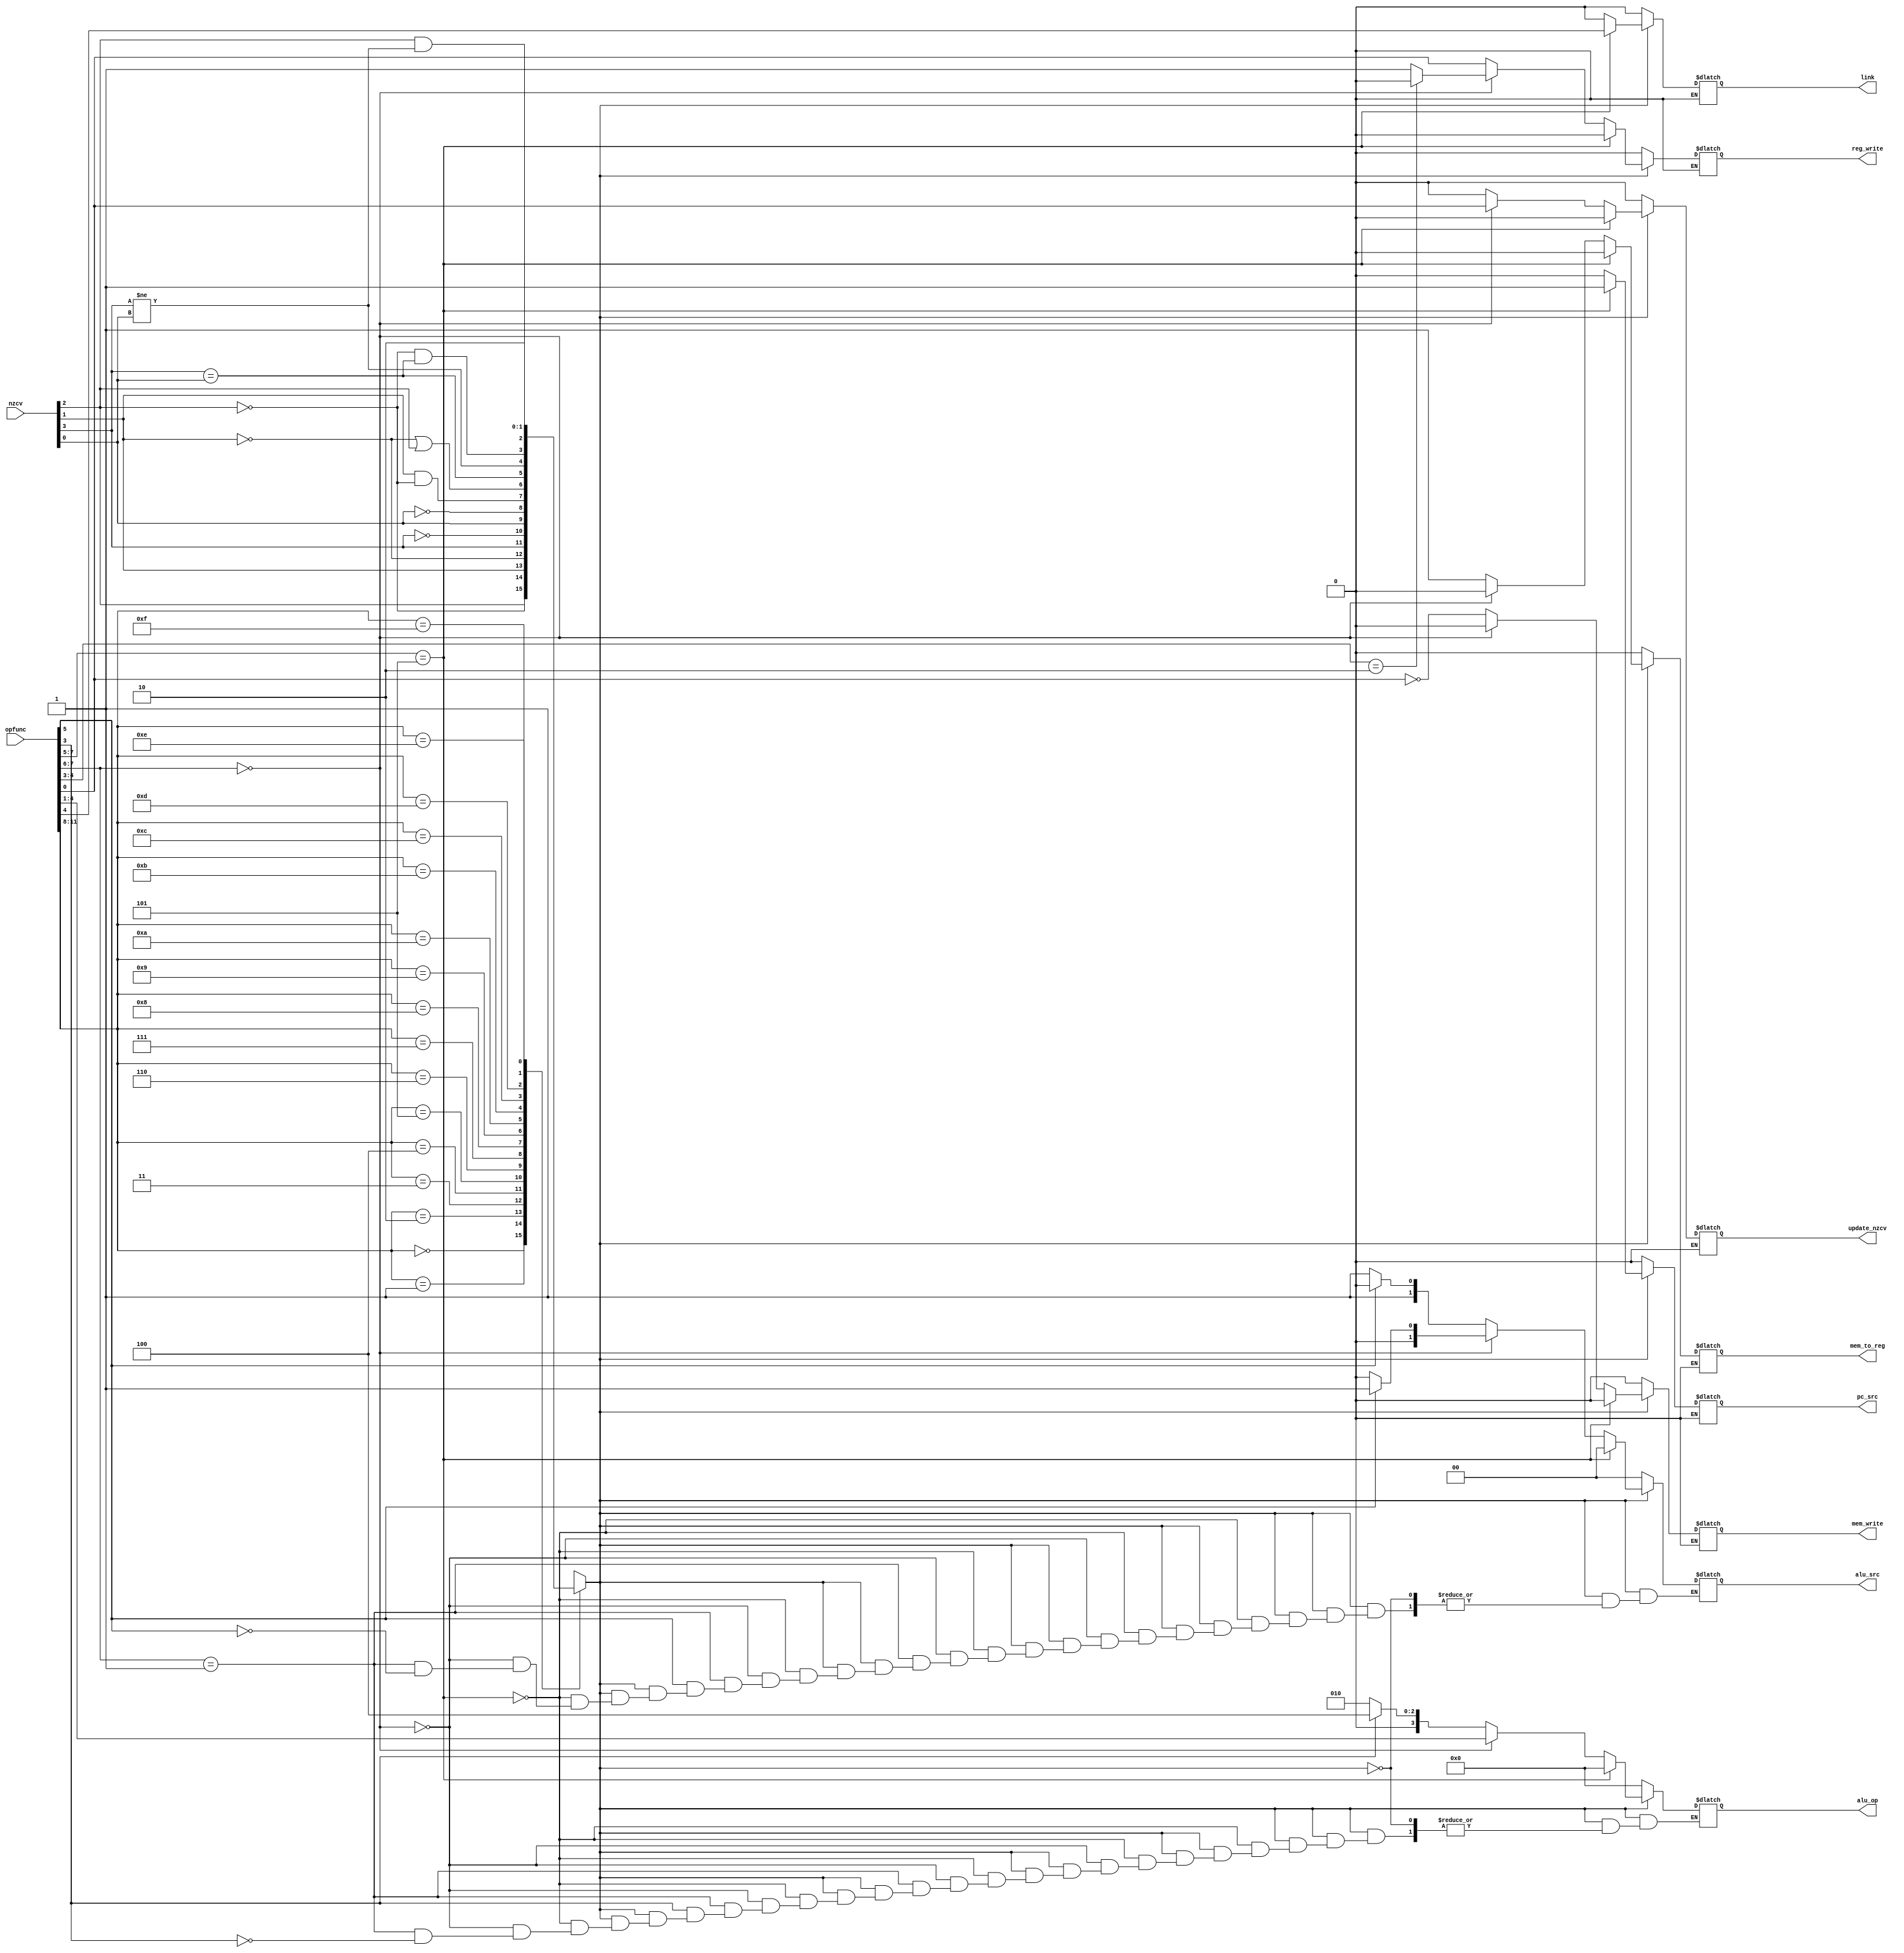
module controller(nzcv,opfunc,reg_write,mem_to_reg,mem_write,pc_src,update_nzcv,link,alu_src,alu_op);
	input [3:0] nzcv;
	input [11:0] opfunc;
	output reg_write,mem_to_reg,mem_write,pc_src,update_nzcv,link;   
	output [1:0] alu_src;
	output [3:0] alu_op;

	reg reg_write,mem_to_reg,mem_write,pc_src,update_nzcv,link;
	reg [1:0] alu_src;
	reg [3:0] alu_op;

	reg success;

	always@(*)begin
		case(opfunc[11:8])
			4'b0000: success = nzcv[2];
			4'b0001: success = ~nzcv[2];
			4'b0010: success = nzcv[1];
			4'b0011: success = ~nzcv[1];
			4'b0100: success = nzcv[3];
			4'b0101: success = ~nzcv[3];
			4'b0110: success = nzcv[0];
			4'b0111: success = ~nzcv[0];
			4'b1000: success = (nzcv[1]==1 && nzcv[2]==0);
			4'b1001: success = (nzcv[1]==0 || nzcv[2]==1);
			4'b1010: success = (nzcv[3]==nzcv[0]);
			4'b1011: success = (nzcv[3]!=nzcv[0]);
			4'b1100: success = (nzcv[2]==0 && nzcv[3]==nzcv[0]);
			4'b1101: success = (nzcv[2]==1 && nzcv[3]!=nzcv[0]);
			4'b1110: success = 1'b1;
			4'b1111: success = 1'b0;
			default: success = 1'b0;
		endcase
	end
   
	always@(*)begin
		if(success == 0)begin
			reg_write = 1'b0 ;
			alu_src = 2'b00 ; 
			alu_op = 4'b0000 ;
			mem_to_reg= 1'b0 ;
			mem_write = 1'b0 ;
			pc_src = 1'b0 ;
			update_nzcv = 1'b0 ;
			link = 0;
		end
		
		else if(success == 1)begin
			if(opfunc[7:5]==3'b101)begin
				reg_write = 1'b0 ; 
				alu_src = 2'b00 ; 
				alu_op = 4'b0000 ;
				mem_to_reg = 1'b0 ; 
				mem_write = 1'b0 ;
				pc_src = 1'b1 ;
				update_nzcv = 1'b0 ; 
				link = opfunc[4];
			end
			else if(opfunc[7:6]==2'b00)begin
				reg_write = (opfunc[4:3]==2'b10)? 1'b0 : 1'b1;
				alu_src = (opfunc[5])?2'b01:2'b00;
				alu_op = opfunc[4:1] ; 
				mem_to_reg = 1'b0 ;
				mem_write = 1'b0 ;
				pc_src=1'b0 ;
				update_nzcv =opfunc[0];
				link = 1'b0;
			end
			else if(opfunc[7:6]==2'b01)begin
				reg_write = opfunc[0] ;
				if(opfunc[5] == 1'b1)	alu_src = 2'b10;
				if(opfunc[5] == 1'b0)	alu_src = 2'b11;
				if(opfunc[3] == 1'b1)	alu_op =4'b0100;
				if(opfunc[3] == 1'b0)	alu_op =4'b0010;
				mem_to_reg = 1'b1;
				mem_write = ~opfunc[0] ;
				pc_src = 1'b0 ; 
				update_nzcv = 1'b0 ;
				link = 1'b0;
			end
	
		else begin
			reg_write = 1'bx ; 
			alu_src = 2'bx ; 
			alu_op = 4'bx ;
			mem_to_reg = 1'bx ; 
			mem_write = 1'bx ; 
			pc_src = 1'bx ;
			update_nzcv = 1'bx ; 
			link = 1'bx;
	end

end


end

endmodule